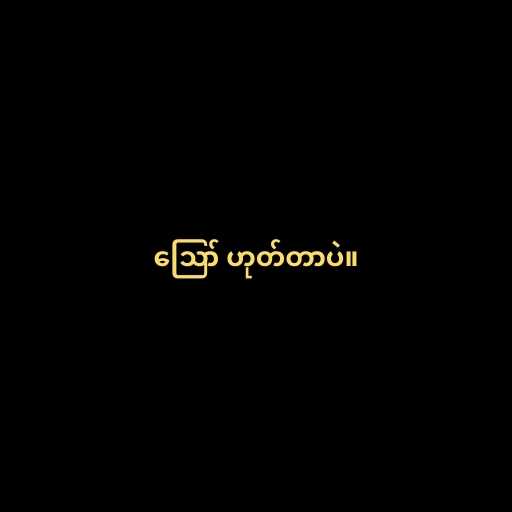
ဪ ဟုတ်တာပဲ။